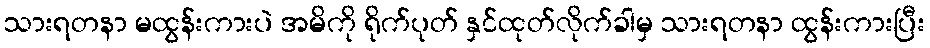
သားရတနာ မထွန်းကားပဲ အမိကို ရိုက်ပုတ် နှင်ထုတ်လိုက်ခါမှ သားရတနာ ထွန်းကားပြီး